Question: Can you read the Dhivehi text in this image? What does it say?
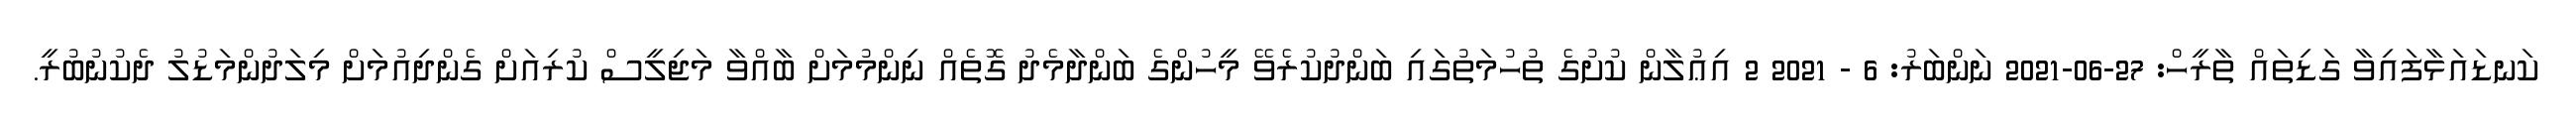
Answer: ކަނޑައަޅާފައިވާ ގަޑިތައް ތާރީހް: 27-06-2021 ނަންބަރު: 6 - 2021 2 އިޢުލާން ކުށުގެ ތުހުމަތުގައި ބަންދުކުރެވޭ މީހުންގެ ބަންދާމެދު ގޮތެއް ނިންމުމަށް ބާއްވާ މަޖިލީސް ކުރިއަށް ގެންދިއުމަށް މިލަދުންމަޑުލު ދެކުނުބުރީ.